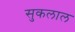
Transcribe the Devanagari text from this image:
सुकलाल